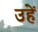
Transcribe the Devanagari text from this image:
उहें